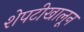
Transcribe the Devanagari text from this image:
शेपटीखालून